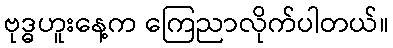
ဗုဒ္ဓဟူးနေ့က ကြေညာလိုက်ပါတယ်။